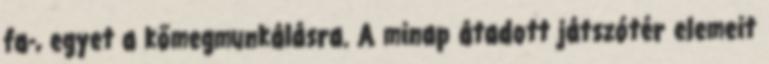
fa-, egyet a kőmegmunkálásra. A minap átadott játszótér elemeit